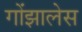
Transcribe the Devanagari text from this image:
गोंझालेस